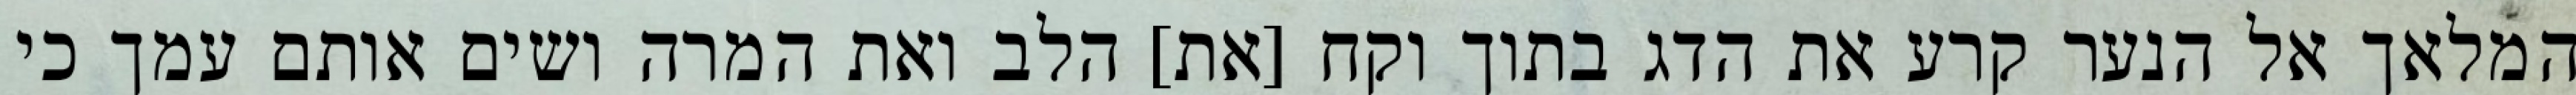
המלאך אל הנער קרע את הדג בתוך וקח [את] הלב ואת המרה ושים אותם עמך כי